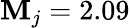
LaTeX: \mathbf{M}_{j}=2.09